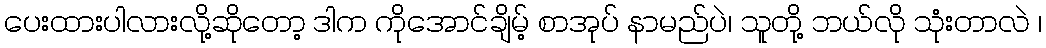
ပေးထားပါလားလို့ဆိုတော့ ဒါက ကိုအောင်ချိမ့် စာအုပ် နာမည်ပဲ၊ သူတို့ ဘယ်လို သုံးတာလဲ ၊